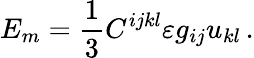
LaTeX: E_{m}=\frac 13C^{ijkl}\varepsilon g_{ij}u_{kl}\, .